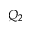
Q _ { 2 }